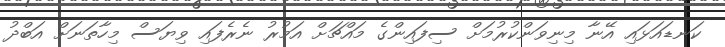
ކަނޑައަޅައި އޭނާ މިނިވަންކުރުމަށް ސިފައިންގެ މައްޗަށް އަމުރު ނެރެފައި ވިޔަސް މިހާތަނަށް އަބްދު